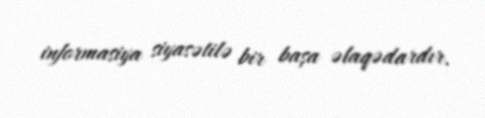
informasiya siyasətilə bir başa əlaqədardır.